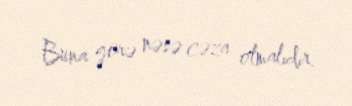
Buna görə nəsə cəza olmalıdır.